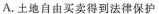
A.土地自由买卖得到法律保护